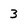
Character: 3